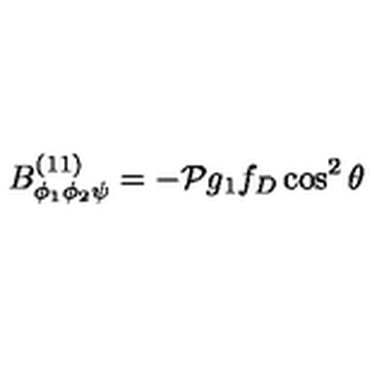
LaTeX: B _ { \phi _ { 1 } \phi _ { 2 } \psi } ^ { ( 1 1 ) } = - { \cal P } g _ { 1 } f _ { D } \cos ^ { 2 } \theta